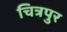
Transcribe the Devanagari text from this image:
चित्रपुर